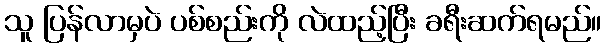
သူ ပြန်လာမှပဲ ပစ်စည်းကို လဲထည့်ပြီး ခရီးဆက်ရမည်။